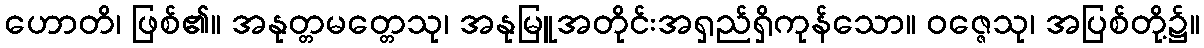
ဟောတိ၊ ဖြစ်၏။ အနုတ္တမတ္တေသု၊ အနုမြူအတိုင်းအရှည်ရှိကုန်သော။ ဝဇ္ဇေသု၊ အပြစ်တို့၌။